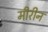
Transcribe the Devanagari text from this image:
मीरीन